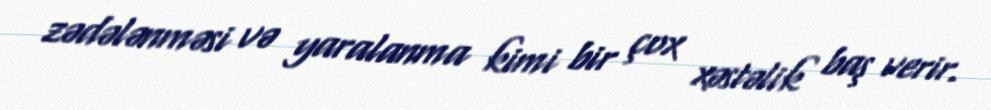
zədələnməsi və yaralanma kimi bir çox xəstəlik baş verir.